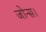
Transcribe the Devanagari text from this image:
जोन्स।